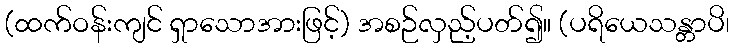
(ထက်ဝန်းကျင် ရှာသောအားဖြင့်) အစဉ်လှည့်ပတ်၍။ (ပရိယေသန္တာပိ၊